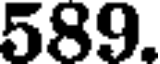
589.